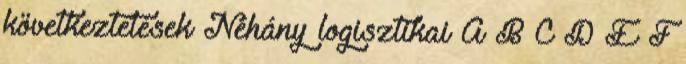
következtetések Néhány logisztikai A B C D E F